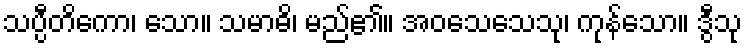
သပ္ပီတိကော၊ သော။ သမာဓိ၊ မည်၏။ အဝသေသေသု၊ ကုန်သော။ ဒွီသု